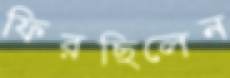
ফিরছিলেন